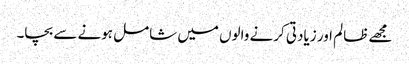
مجھے ظالم اور زیادتی کرنے والوں میں شامل ہونے سے بچا۔